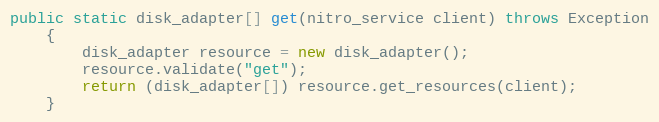
Language: Java
public static disk_adapter[] get(nitro_service client) throws Exception
	{
		disk_adapter resource = new disk_adapter();
		resource.validate("get");
		return (disk_adapter[]) resource.get_resources(client);
	}